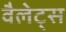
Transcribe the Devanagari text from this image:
वैलेट्स